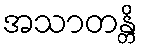
အသာတန္တိ